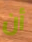
أن